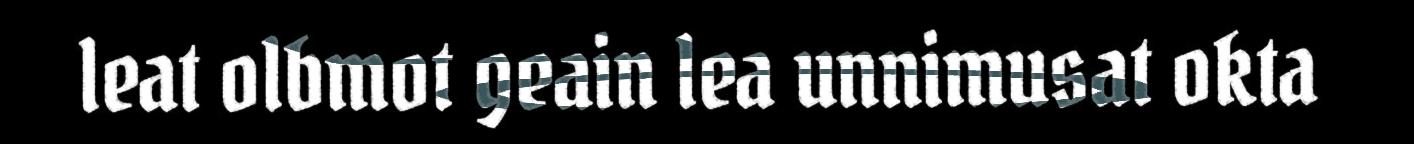
leat olbmot geain lea unnimusat okta